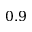
0 . 9